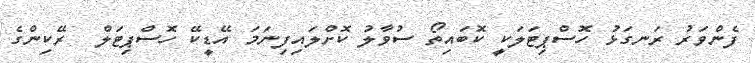
ފެންވަރު ރަނގަޅު ހޮސްޕިޓަލަކީ ކޮބައިތޯ ސުވާލު ކޮށްލައިފިނަމަ އޭޑީކޭ ހޮސްޕިޓަލް  ރޭކިންގެ